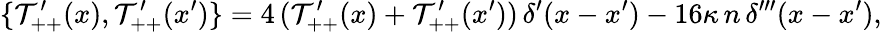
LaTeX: \{ \mathcal T_{++}^{\prime}(x),\mathcal T_{++}^{\prime}(x^{\prime})\} =4\, (\mathcal T_{++}^{\prime}(x)+\mathcal T_{++}^{\prime}(x^{\prime}))\, \delta^{\prime}(x-x^{\prime})-16\kappa\, n\, \delta^{\prime\prime\prime}(x-x^{\prime}),